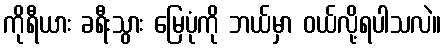
ကိုရီယား ခရီးသွား မြေပုံကို ဘယ်မှာ ဝယ်လို့ရပါသလဲ။